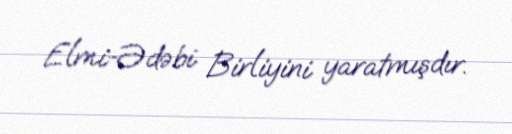
Elmi-Ədəbi Birliyini yaratmışdır.